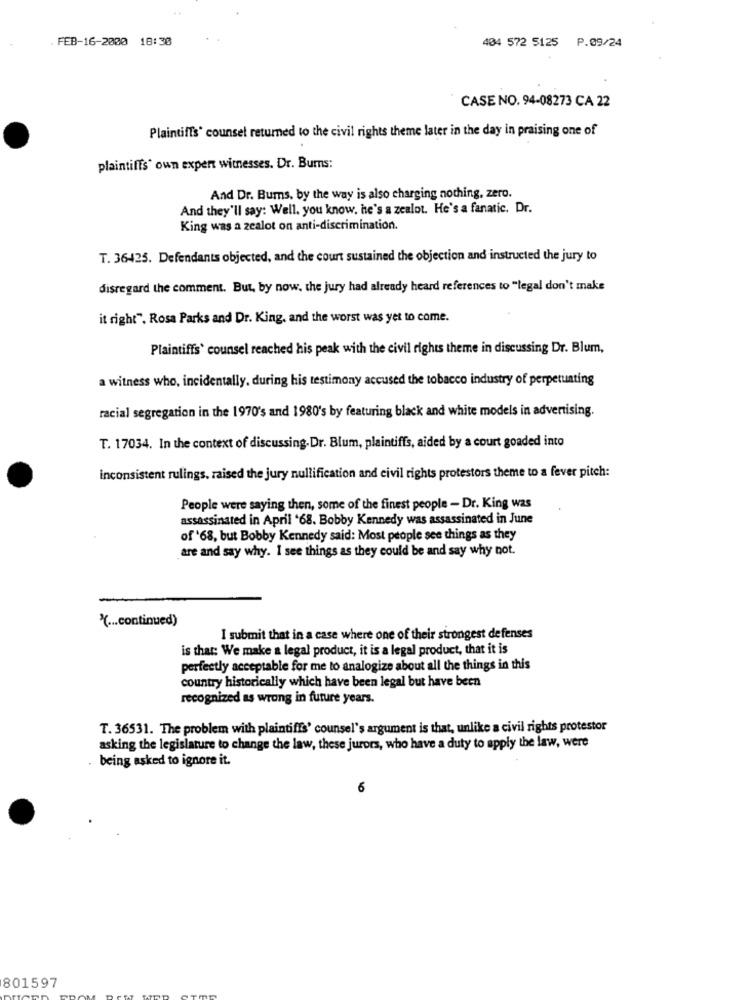
FEB-16-2000 18:30
404 572 5125 P.09/24
CASE NO. 94-08273 CA 22
Plaintiffs' counsel returned to the civil rights theme later in the day in praising one of
plaintiffs' own expert witnesses. Dr. Burns:
And Dr. Burns, by the way is also charging nothing, zero.
And they'll say: Well. you know, he's a zealot. He's a fanatic. Dr.
King was a zealot on anti-discrimination.
T. 36425. Defendants objected, and the court sustained the objection and instructed the jury to
disregard the comment. But, by now, the jury had already heard references to "legal don't make
it right". Rosa Parks and Dr. King, and the worst was yet to come.
Plaintiffs' counsel reached his peak with the civil rights theme in discussing Dr. Blum,
a witness who, incidentally, during his testimony accused the tobacco industry of perpetuating
racial segregation in the 1970's and 1980's by featuring black and white models in advertising.
T. 17034. In the context of discussing. Dr. Blum, plaintiffs, aided by a court goaded into
inconsistent rulings, raised the jury nullification and civil rights protestors theme to a fever pitch:
People were saying then, some of the finest people - Dr. King was
assassinated in April '68. Bobby Kennedy was assassinated in June
of '68, but Bobby Kennedy said: Most people see things as they
are and say why. I see things as they could be and say why not.
"( ... continued)
I submit that in a case where one of their strongest defenses
is that: We make a legal product, it is a legal product, that it is
perfectly acceptable for me to analogize about all the things in this
country historically which have been legal but have been
recognized as wrong in future years.
T. 36531. The problem with plaintiffs' counsel's argument is that, unlike a civil rights protestor
asking the legislature to change the law, these jurors, who have a duty to apply the law, were
. being asked to ignore it.
6
801597